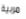
مربية